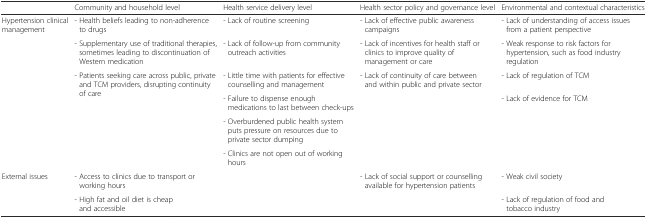
<table><thead><tr><td></td><td><b>Community and household level</b></td><td><b>Health service delivery level</b></td><td><b>Health sector policy and governance level</b></td><td><b>Environmental and contextual characteristics</b></td></tr></thead><tbody><tr><td rowspan="6">Hypertension clinical management</td><td>- Health beliefs leading to non-adherence to drugs</td><td>- Lack of routine screening</td><td>- Lack of effective public awareness campaigns</td><td>- Lack of understanding of access issues from a patient perspective</td></tr><tr><td>- Supplementary use of traditional therapies, sometimes leading to discontinuation of Western medication</td><td>- Lack of follow-up from community outreach activities</td><td>- Lack of incentives for health staff or clinics to improve quality of management or care</td><td>- Weak response to risk factors for hypertension, such as food industry regulation</td></tr><tr><td rowspan="4">- Patients seeking care across public, private and TCM providers, disrupting continuity of care</td><td>- Little time with patients for effective counselling and management</td><td>- Lack of continuity of care between and within public and private sector</td><td>- Lack of regulation of TCM</td></tr><tr><td>- Failure to dispense enough medications to last between check-ups</td><td rowspan="3"></td><td rowspan="3">- Lack of evidence for TCM</td></tr><tr><td>- Overburdened public health system puts pressure on resources due to private sector dumping</td></tr><tr><td>- Clinics are not open out of working hours</td></tr><tr><td rowspan="2">External issues</td><td>- Access to clinics due to transport or working hours</td><td rowspan="2"></td><td>- Lack of social support or counselling available for hypertension patients</td><td>- Weak civil society</td></tr><tr><td>- High fat and oil diet is cheap and accessible</td><td></td><td>- Lack of regulation of food and tobacco industry</td></tr></tbody></table>